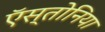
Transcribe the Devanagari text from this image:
ऍस्तोनिया